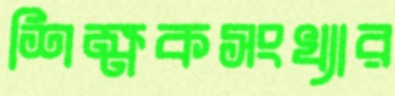
শিক্ষকসংখ্যার